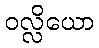
ဝလ္လိယော